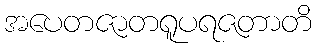
အပေတဇာတရူပရဇတာတိ